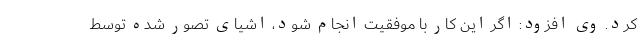
کرد. وی افزود: اگر این کار با موفقیت انجام شود، اشیای تصور شده توسط